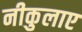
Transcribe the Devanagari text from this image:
नीकुलाए